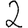
Digit: 2